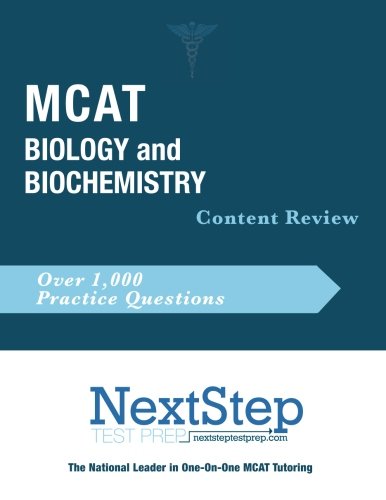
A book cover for MCAT Biology and Biochemistry: Content Review for the Revised MCAT; Bryan Schnedeker; Test Preparation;